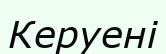
Керуені